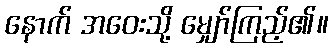
နောက် အဝေးသို့ မျှော်ကြည့်၏။